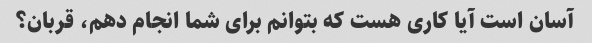
آسان است آیا کاری هست که بتوانم برای شما انجام دهم، قربان؟